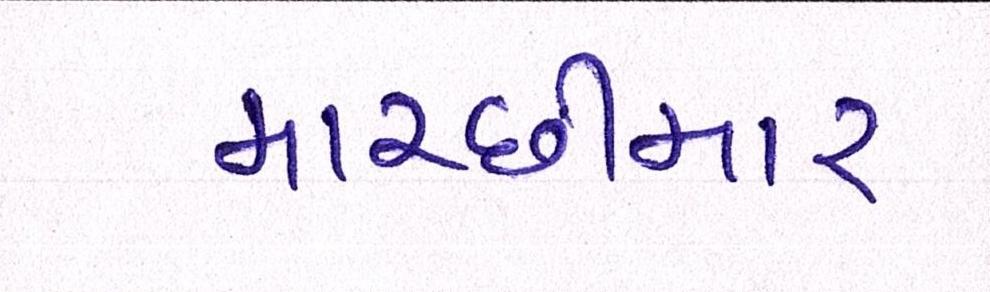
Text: માચ્છીમાર